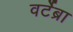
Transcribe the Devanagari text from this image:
वर्टेब्रा